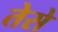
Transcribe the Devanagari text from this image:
तेसे